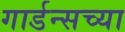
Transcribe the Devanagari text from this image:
गार्डन्सच्या